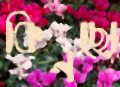
কিনছো